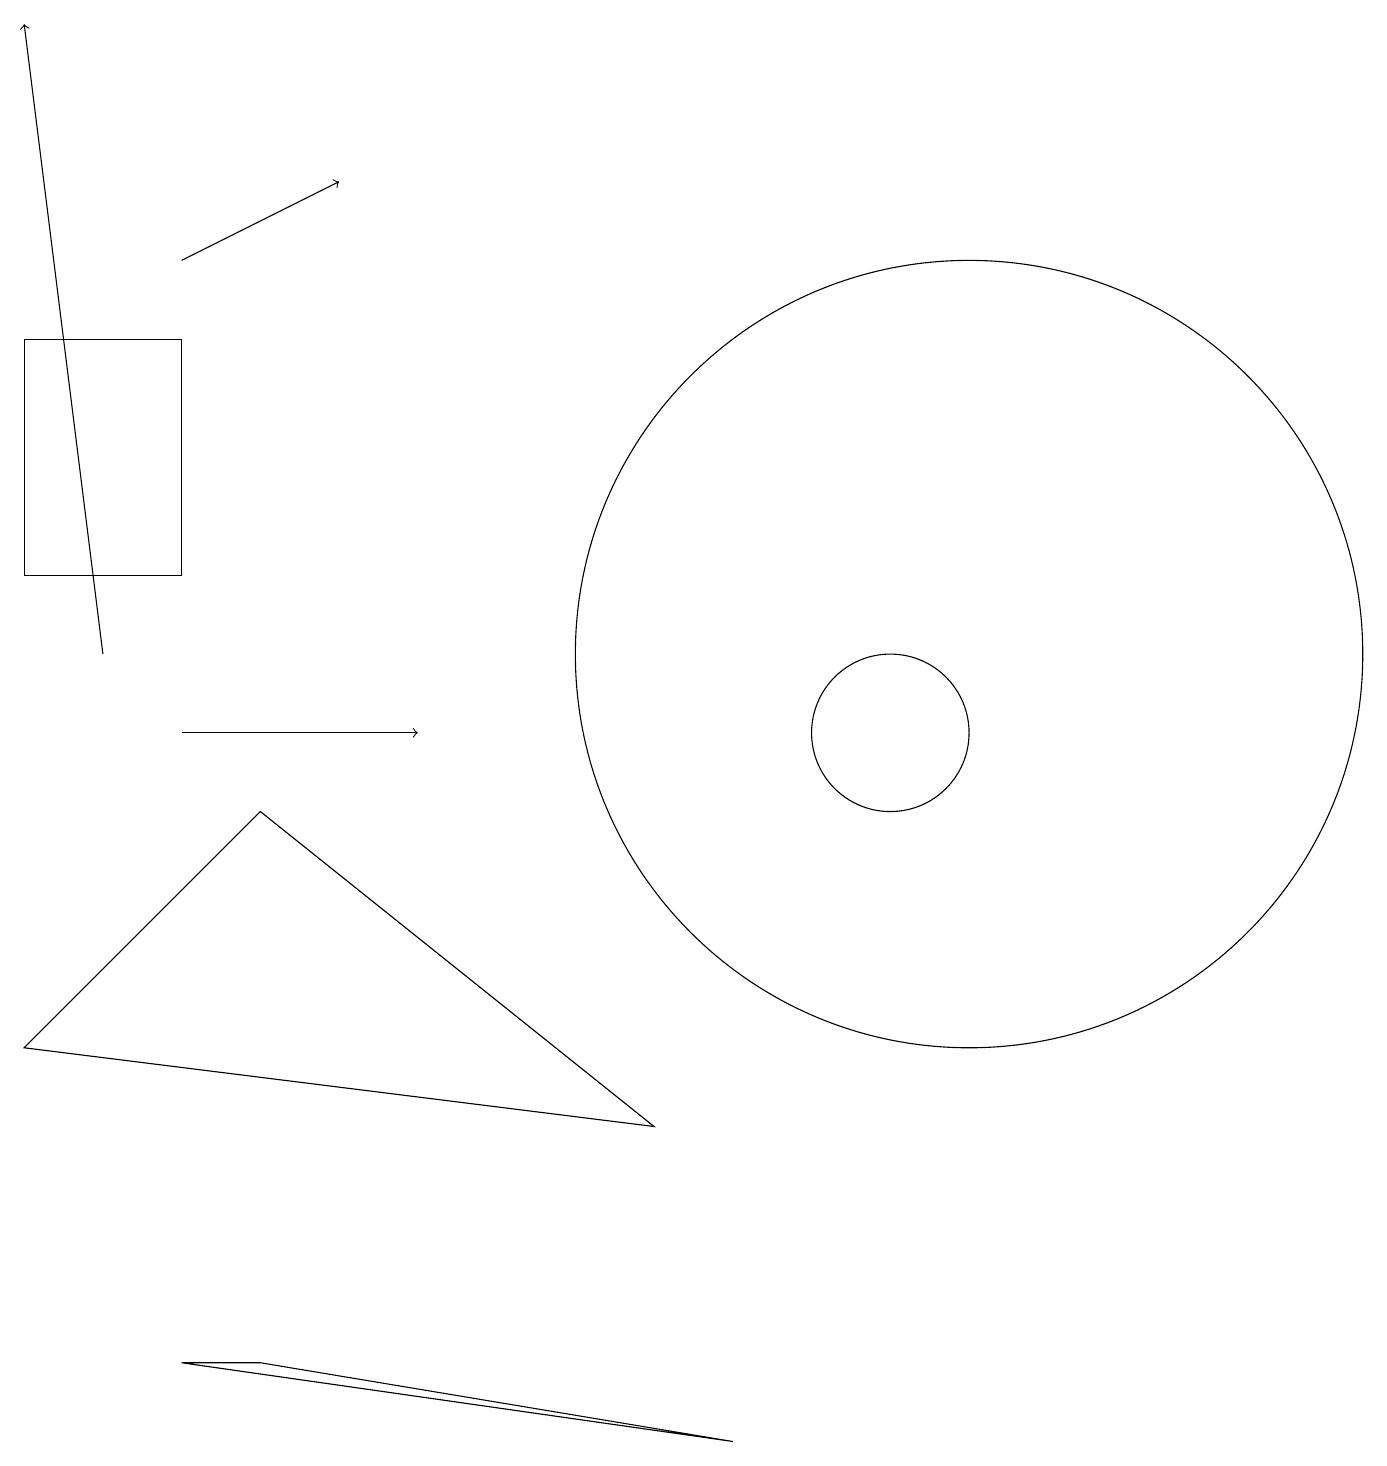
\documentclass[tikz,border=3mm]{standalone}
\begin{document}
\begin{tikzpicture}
\draw[->] (2,16) -- (4,17);
\draw[->] (2,10) -- (5,10);
\draw (11,10) circle (1);
\draw (12,11) circle (5);
\draw[->] (1,11) -- (0,19);
\draw (2,2) -- (9,1) -- (3,2) -- cycle;
\draw (0,12) rectangle (2,15);
\draw (8,5) -- (3,9) -- (0,6) -- cycle;
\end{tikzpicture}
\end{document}